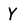
Character: Y